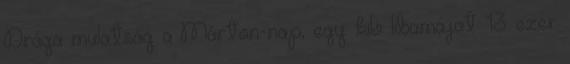
Drága mulatság a Márton-nap, egy kiló libamájat 13 ezer